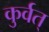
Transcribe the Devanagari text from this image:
कुर्वत्